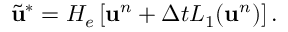
\widetilde { \mathbf { u } } ^ { * } = H _ { e } \left[ \mathbf { u } ^ { n } + \Delta t L _ { 1 } ( \mathbf { u } ^ { n } ) \right] .